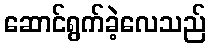
ဆောင်ရွက်ခဲ့လေသည်